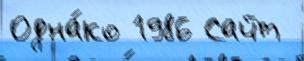
Одна́ко 1986 Сайт